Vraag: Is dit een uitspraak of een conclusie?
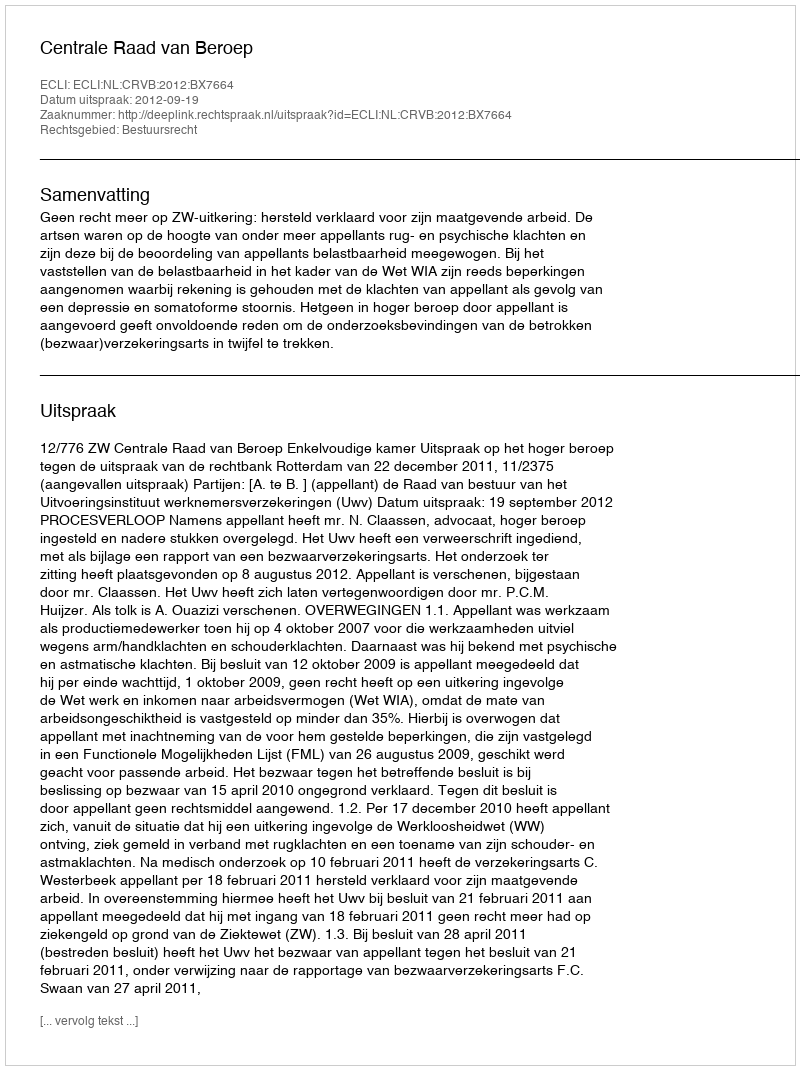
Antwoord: Uitspraak